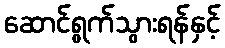
ဆောင်ရွက်သွားရန်နှင့်